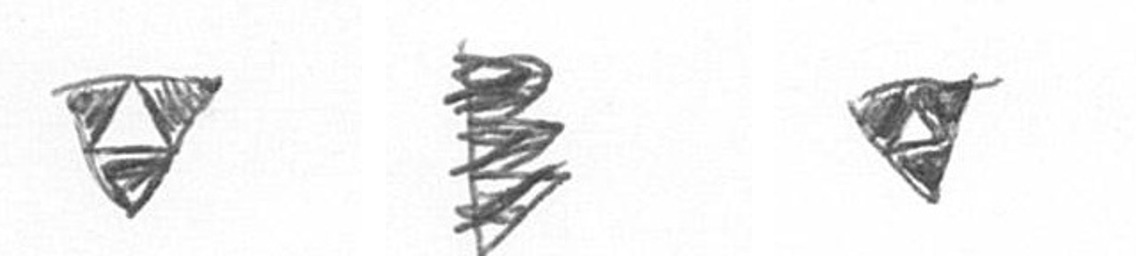
S H S